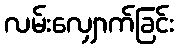
လမ်းလျှောက်ခြင်း